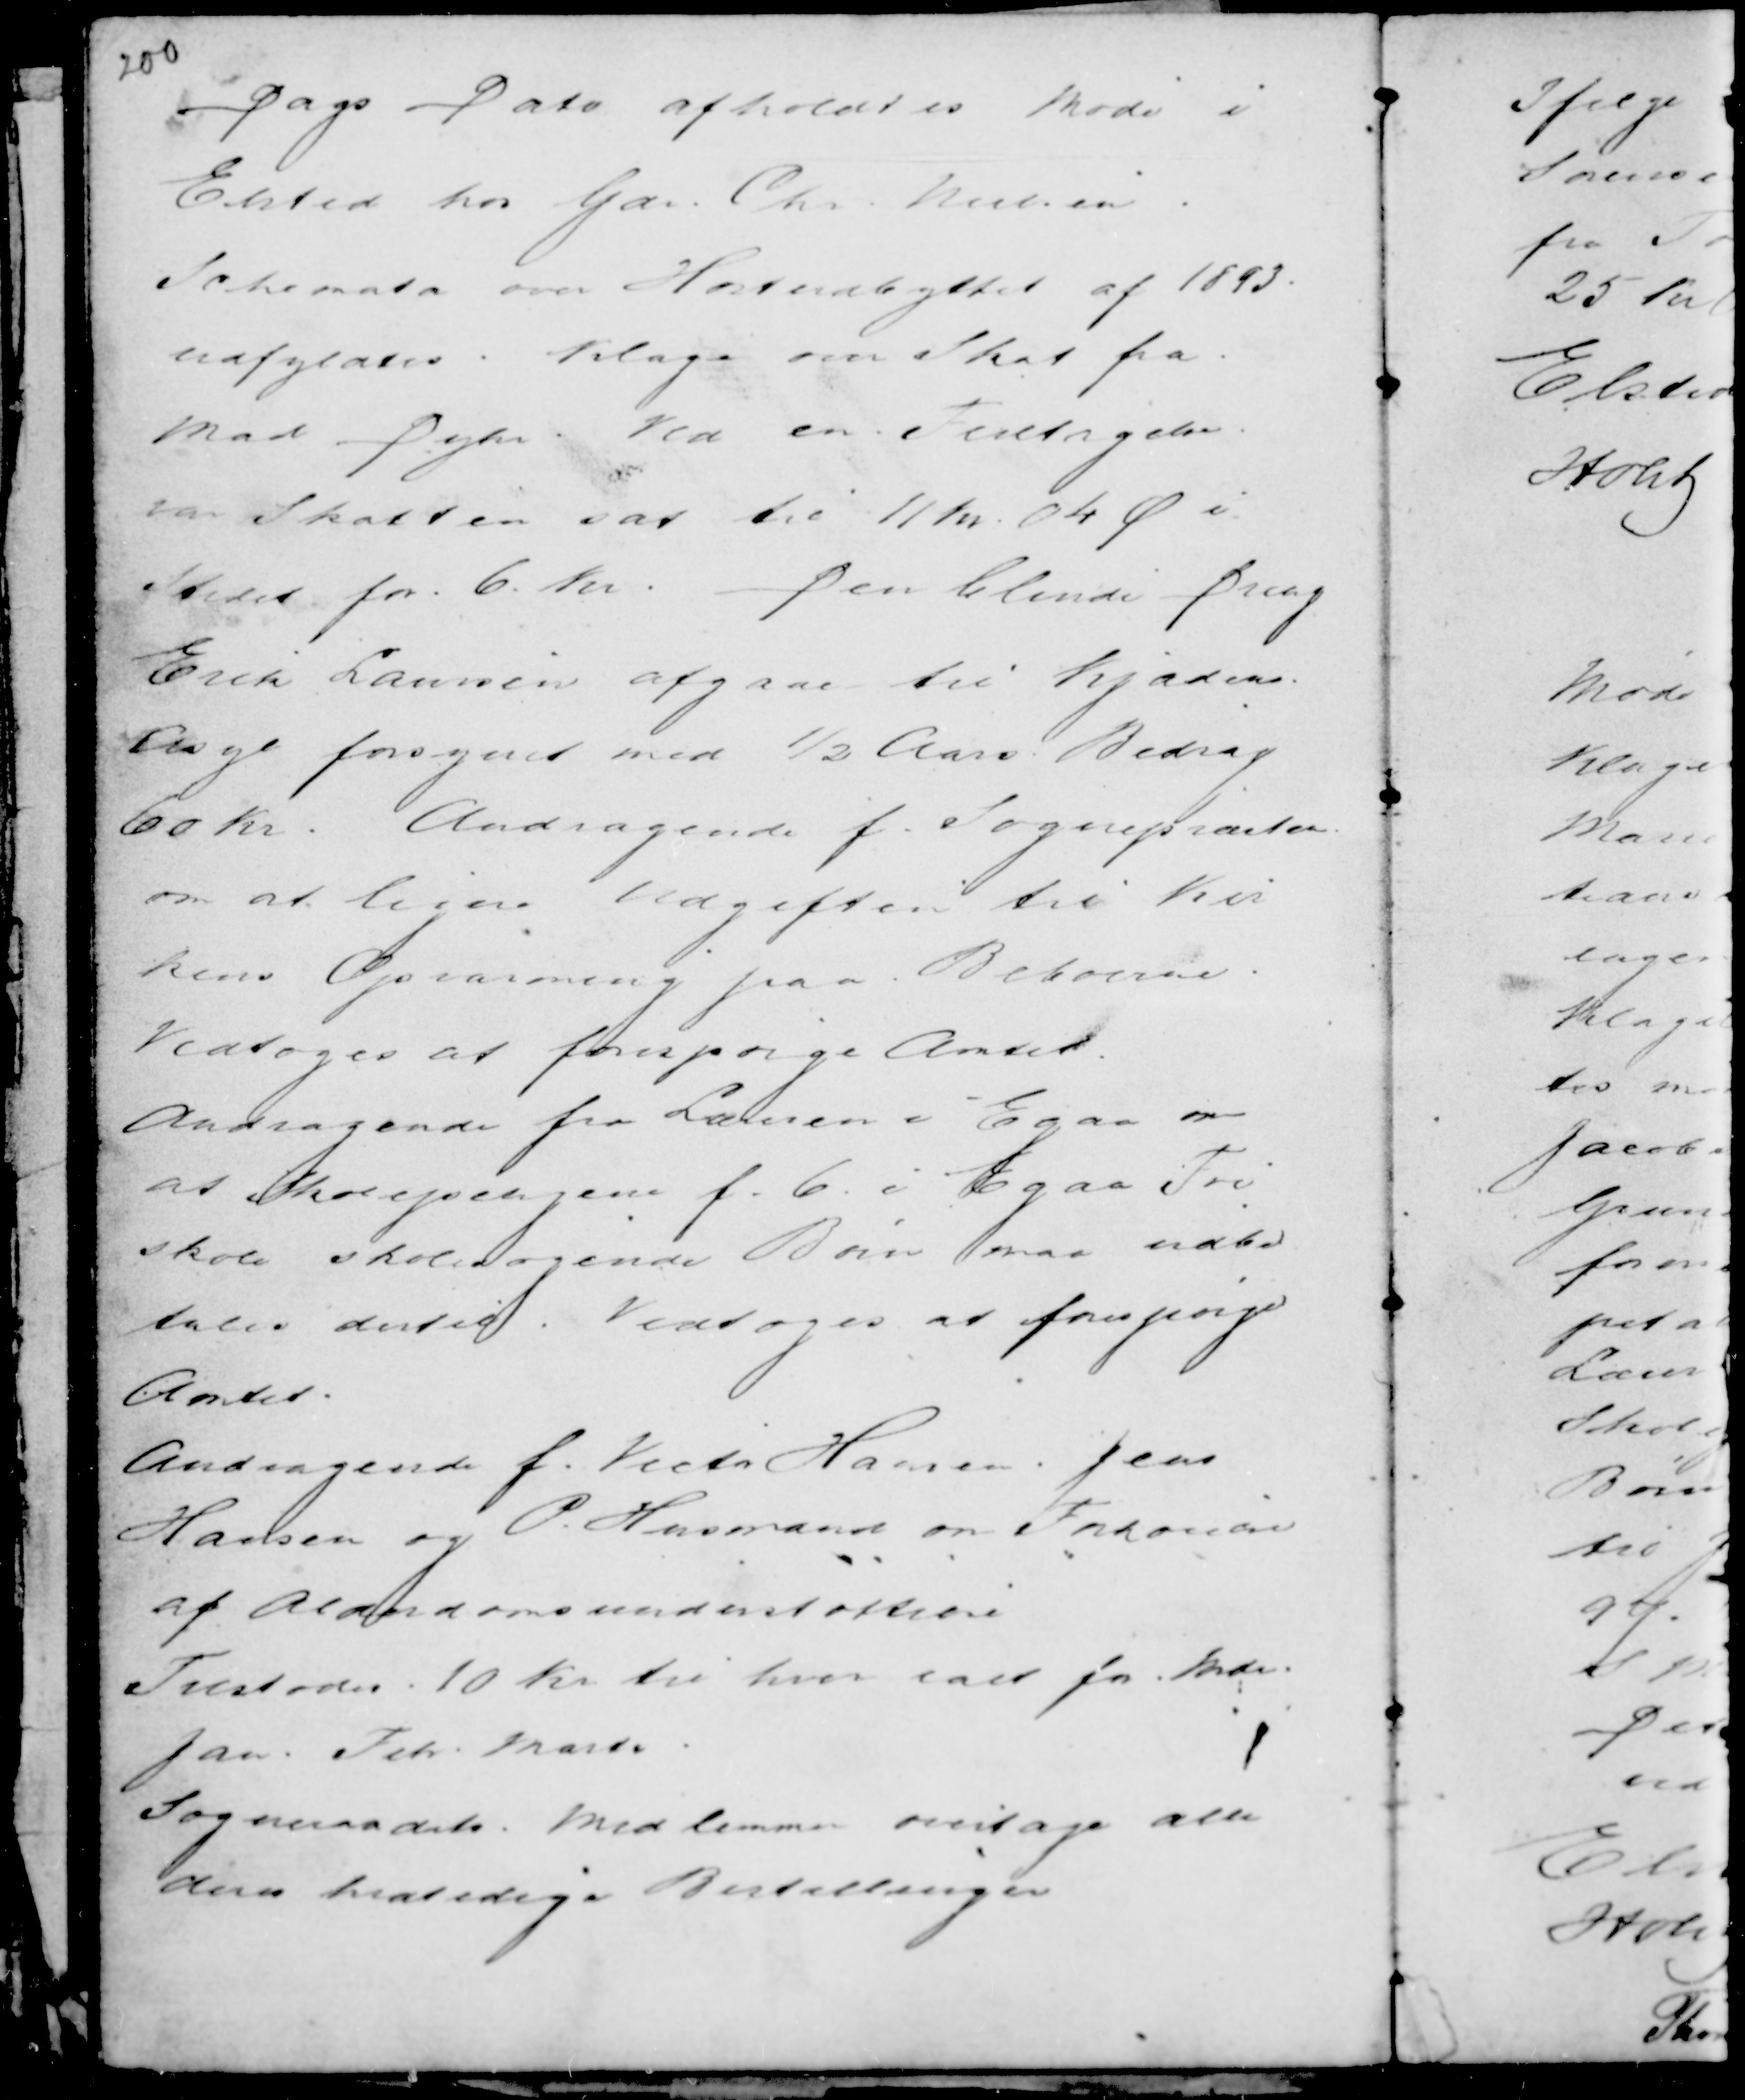
Transskription:
Dags Dato afholdtes Møde i
Elsted hos Gdr Chr. Nielsen.
Schemata over Høstudbyttet af 1893
udfyldtes. Klage over Skat fra
Mad Dyhr. Ved en Feiltagelse
var Skatten sat til 11 Kr. 04 Ø i
Stedet for 6 Kr. Den blinde Dreng
Erik Laursen afgaar til Kjædens
Asyl forsynet med ½ Aars Bidrag
60 Kr. Andragende f. Sognepræsten
om at ligne Udgiften til Kir
kens Opvarmning paa Beboerne.
Vedtoges at forespørge Amtet.
Andragende fra Laursen i Egaa om
at Skolepengene f. 6 i Egaa Fri
skole Skolesøgende Børn maa udbe
tales dertil. Vedtoges at forespørge
Amtet.
Andragende f. Victor Hansen. Jens
Hansen og P. Husmand om Forhoielse
af Alderdomsunderstøttelse
Tilstodes 10 Kr til hver ialt for Mdr.
Jan. Feb. Marts.
Sogneraadets Medlemmer overtager alle
disse kvatsdige Bestallinger